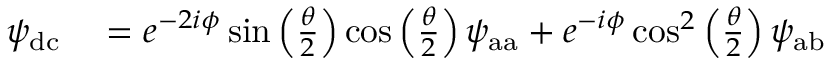
\begin{array} { r l } { \psi _ { \mathrm { d c } } } & { { } = e ^ { - 2 i \phi } \sin \left( \frac { \theta } { 2 } \right) \cos \left( \frac { \theta } { 2 } \right) \psi _ { \mathrm { a a } } + e ^ { - i \phi } \cos ^ { 2 } \left( \frac { \theta } { 2 } \right) \psi _ { \mathrm { a b } } } \end{array}